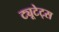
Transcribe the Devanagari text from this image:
ट्यूटेट्स